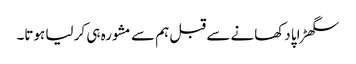
سگھڑاپا دکھانے سے قبل ہم سے مشورہ ہی کر لیا ہوتا۔